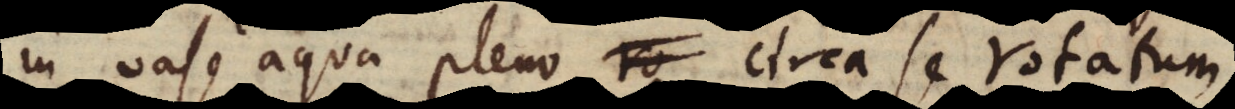
in vase aqua pleno circa se rotatum,